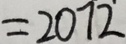
= 2 0 7 2